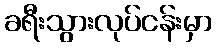
ခရီးသွားလုပ်ငန်းမှာ